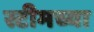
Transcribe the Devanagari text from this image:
स्टीमच्या